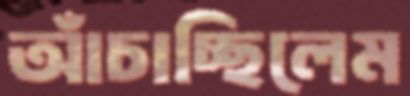
আঁচাচ্ছিলেম